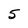
Character: 5